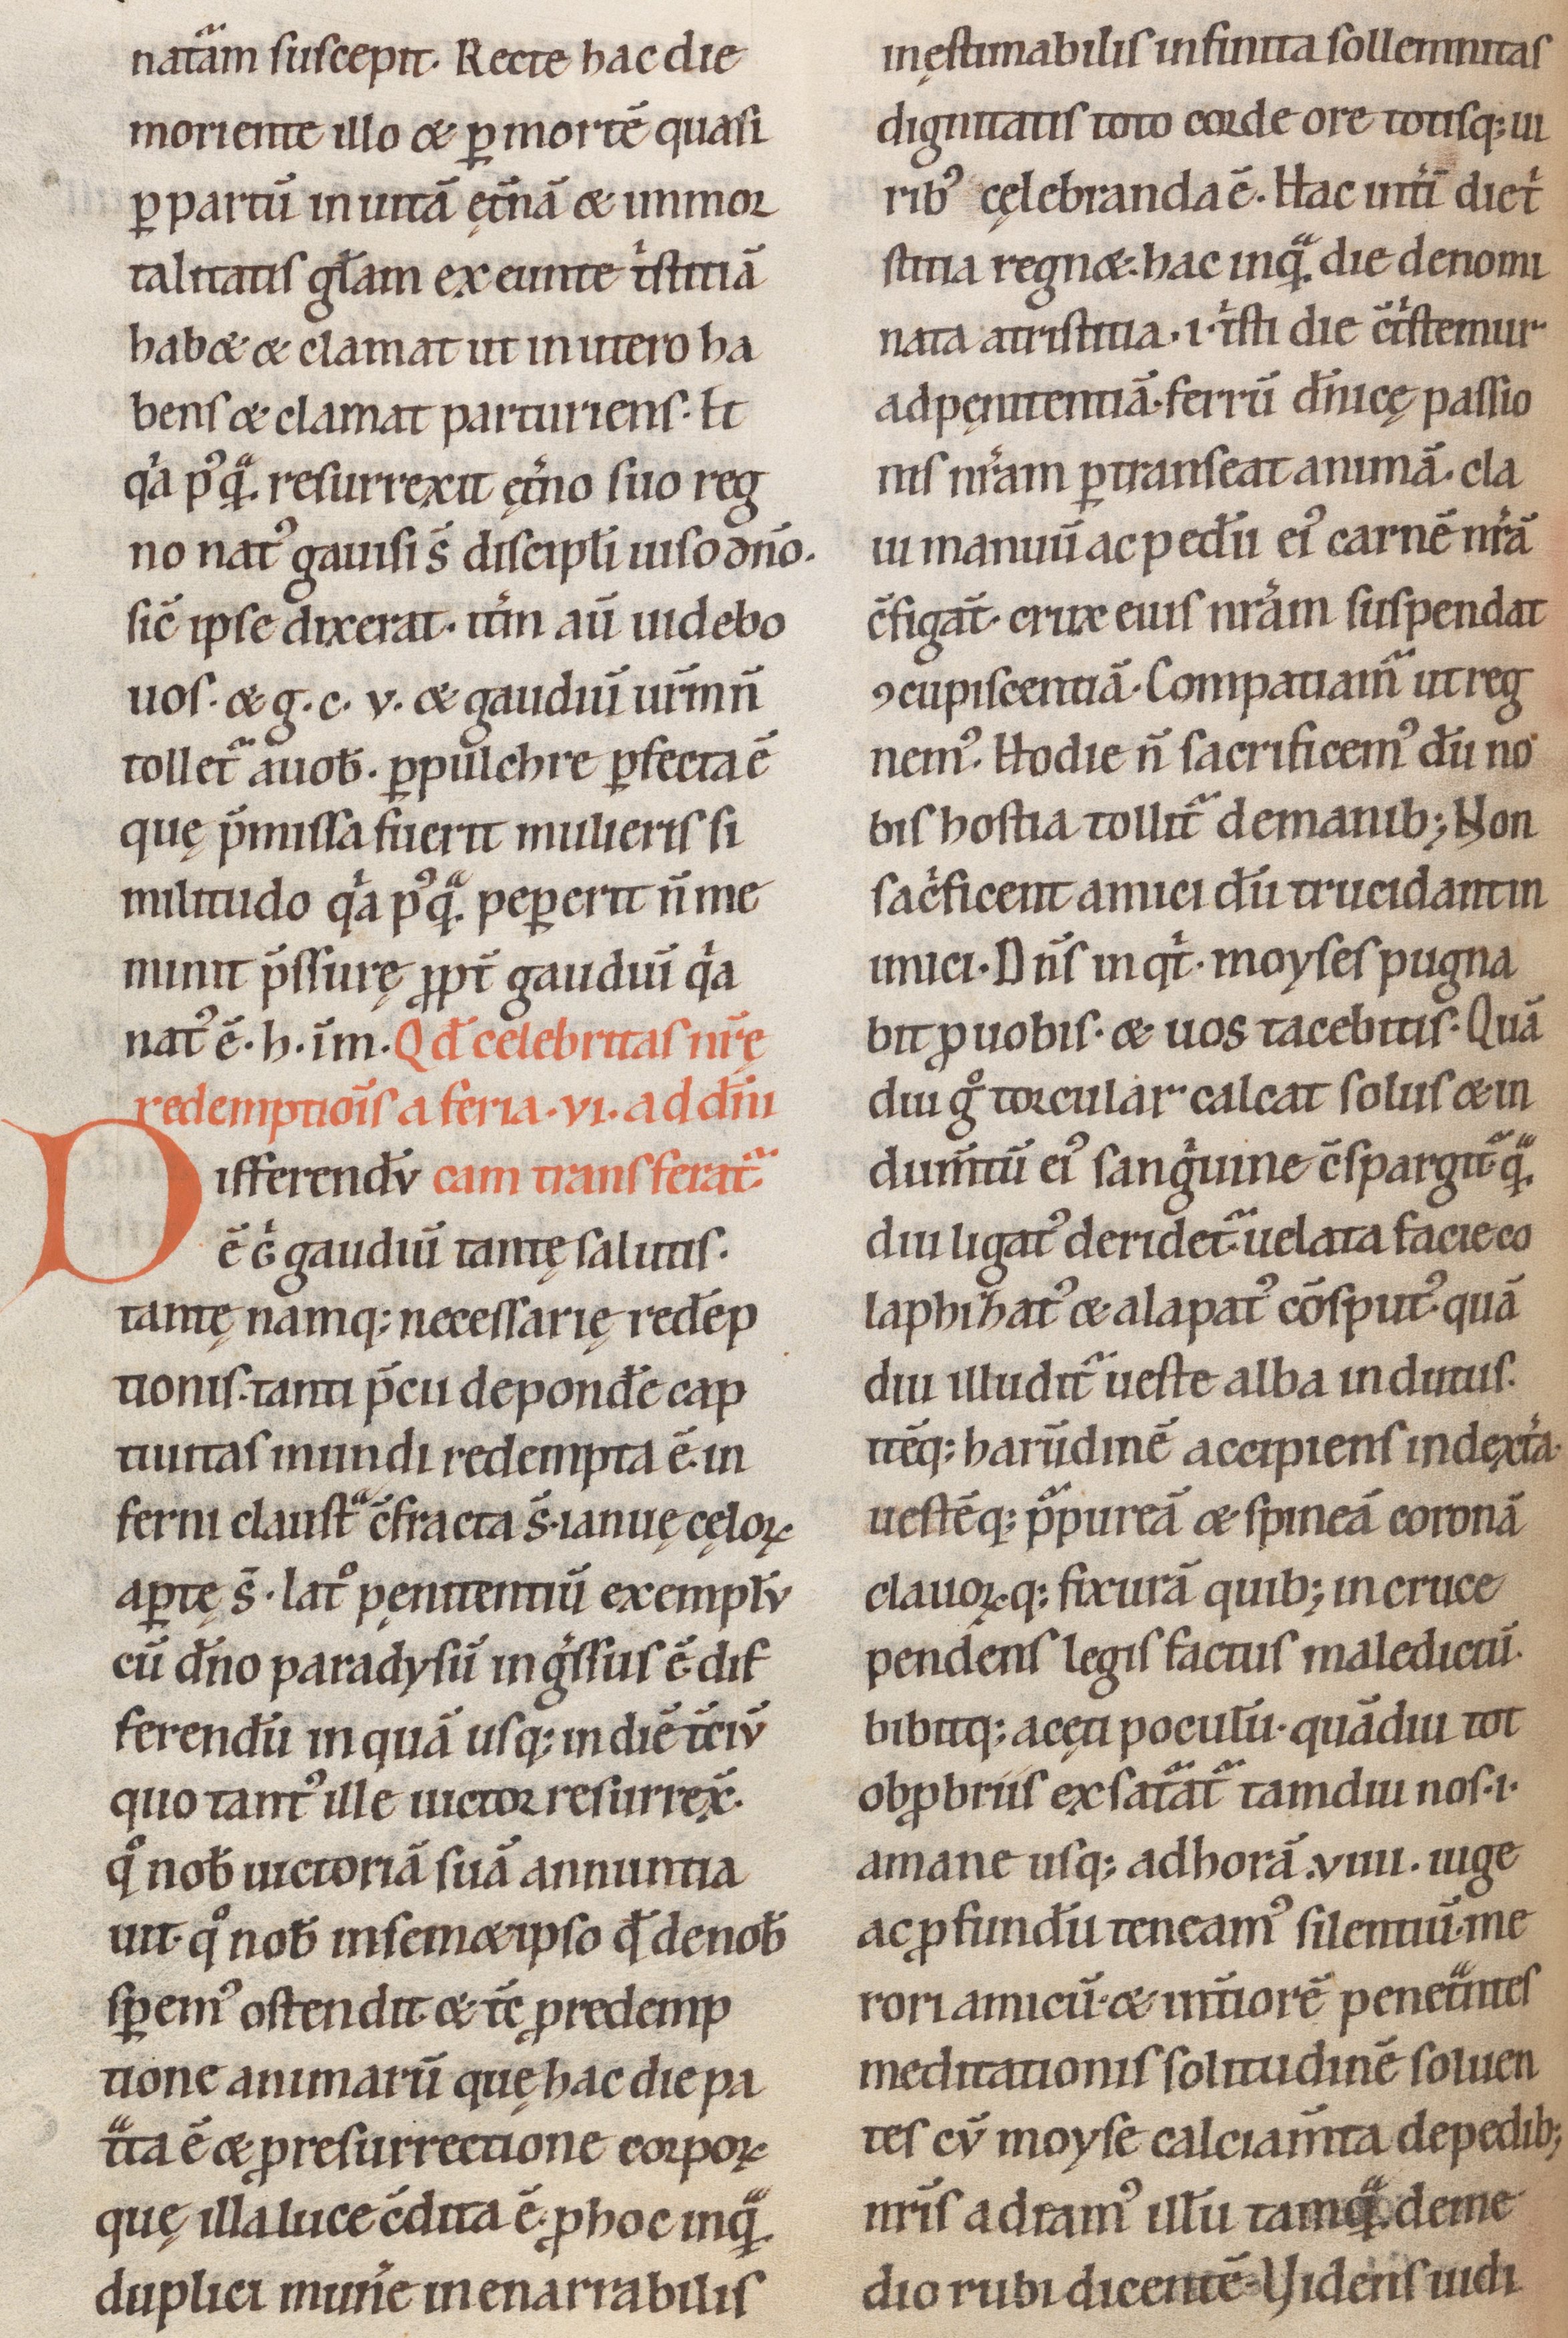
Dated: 1100–1199